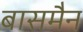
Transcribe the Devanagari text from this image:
बासमैन